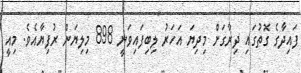
ފައިދާގެ ގޮތުގައި ދިރާގަށް މިދިޔަ އަހަރު ލިބިފައިވަނީ 898 މިލިޔަން ރުފިޔާއެވެ. މިއީ